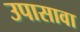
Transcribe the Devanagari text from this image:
उपासावा